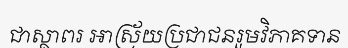
ជាស្ថាពរ អាស្រ័យប្រជាជនរួមវិភាគទាន